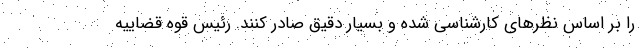
را بر اساس نظرهای کارشناسی شده و بسیار دقیق صادر کنند. رئیس قوه قضاییه